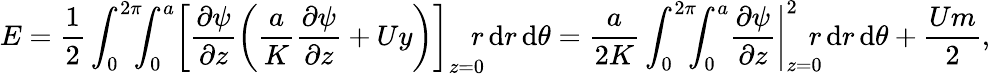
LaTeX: E=\frac{1}{2}\int_{0}^{2\pi}\! \! \! \int_{0}^{a}\! \left[\frac{\partial\psi}{\partial z}\left(\frac{a}{K}\frac{\partial\psi}{\partial z}+Uy\right)\right]_{z=0}\! \! \! r\, \textrm{d}r\, \textrm{d}\theta=\frac{a}{2K}\int_{0}^{2\pi}\! \! \! \int_{0}^{a}\! \left.\frac{\partial\psi}{\partial z}\right|_{z=0}^{2}\! \! \! r\, \textrm{d}r\, \textrm{d}\theta+\frac{Um}{2},